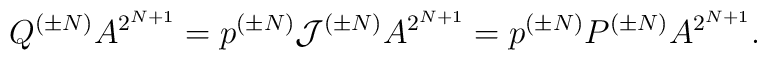
Q^{(\pm N)} A^{2^{N+1}} = p^{(\pm N)}{\cal J}^{(\pm N)}A^{2^{N+1}} =p^{(\pm N)}P^{(\pm N)} A^{2^{N+1}}.